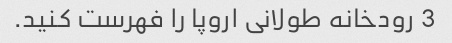
3 رودخانه طولانی اروپا را فهرست کنید.